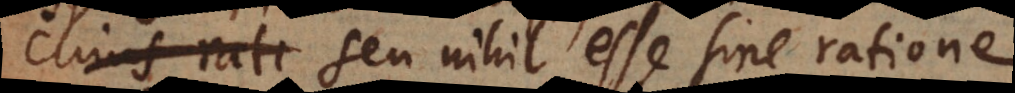
cujus rati seu nihil esse sine ratione.